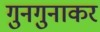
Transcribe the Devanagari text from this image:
गुनगुनाकर